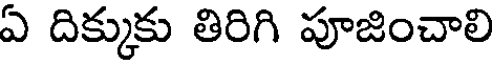
ఏ దిక్కుకు తిరిగి పూజించాలి